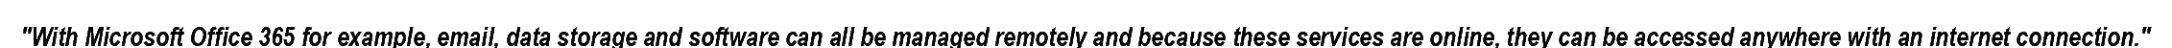
"With Microsoft Office 365 for example, email, data storage and software can all be managed remotely and because these services are online, they can be accessed anywhere with an internet connection."